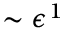
\sim \epsilon ^ { 1 }